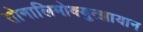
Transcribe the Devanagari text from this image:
तोनालिमोक्युत्झायान